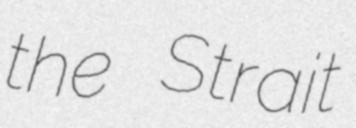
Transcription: the Strait